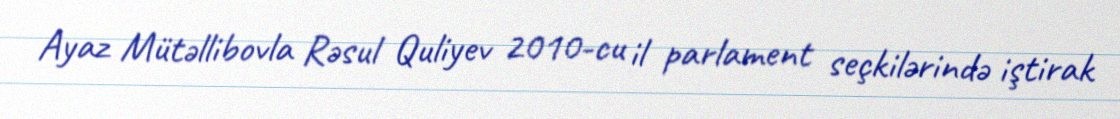
Ayaz Mütəllibovla Rəsul Quliyev 2010-cu il parlament seçkilərində iştirak